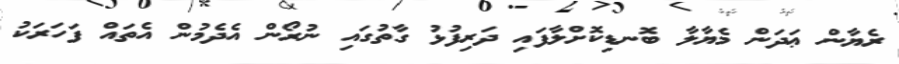
ރެޔާން ޢަދަން މެޔާލާ ބޮނޑިކޮށްލާފައި ދަރިފުޅު ގާތުގައި ނުރޯން އެދެމުން އެތައް ފަހަރަކު